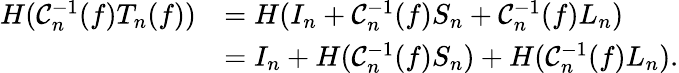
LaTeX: \begin{array}{rl}{H(\mathcal{C}_{n}^{-1}(f)T_{n}(f))}&{=H(I_{n}+\mathcal{C}_{n}^{-1}(f)S_{n}+\mathcal{C}_{n}^{-1}(f)L_{n})}\\ &{=I_{n}+H(\mathcal{C}_{n}^{-1}(f)S_{n})+H(\mathcal{C}_{n}^{-1}(f)L_{n}).}\end{array}